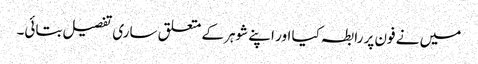
میں نے فون پر رابطہ کیا اور اپنے شوہر کے متعلق ساری تفصیل بتائی۔